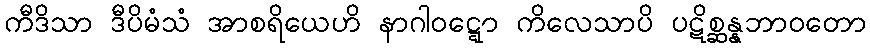
ကီဒိသာ ဒီပိမံသံ အာစရိယေဟိ နာဂါဝဋ္ဋော ကိလေသာပိ ပဋိစ္ဆန္နဘာဝတော